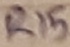
Text: R15